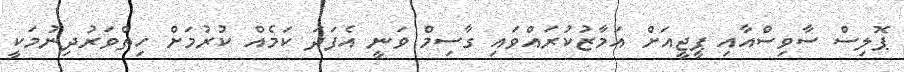
ޕޮލިސް ސާވިސްއާއި ޕީޖީއަށް އަމާޒުކުރައްވައި ގާސިމް ވަނީ އެފަދަ ކަމެއް ކުރުމަށް ހިތްވަރުދިނުމަކީ